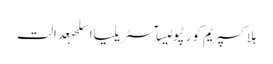
ہلاکسپریم کورٹپولیسآسٹریلیااسلحہعدالت